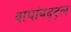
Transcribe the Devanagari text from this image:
वाघांबद्द्ल